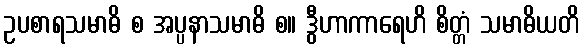
ဥပစာရသမာဓိ စ အပ္ပနာသမာဓိ စ။ ဒွီဟာကာရေဟိ စိတ္တံ သမာဓိယတိ